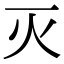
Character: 灭